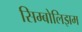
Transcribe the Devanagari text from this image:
सिम्बोलिझम